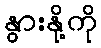
နွားနို့ကို